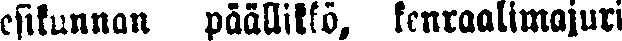
esikunnan päällilkö, kenraalimajuri